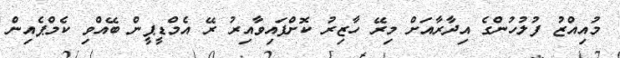
މުއިއްޒު ފުލުހުންގެ އިދާރާއަށް މިރޭ ހާޒިރު ކޮށްފައިވާއިރު ރޭ އެމްޑީޕީން ބޭއްވި ކެމްޕެއިން